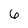
Character: 6